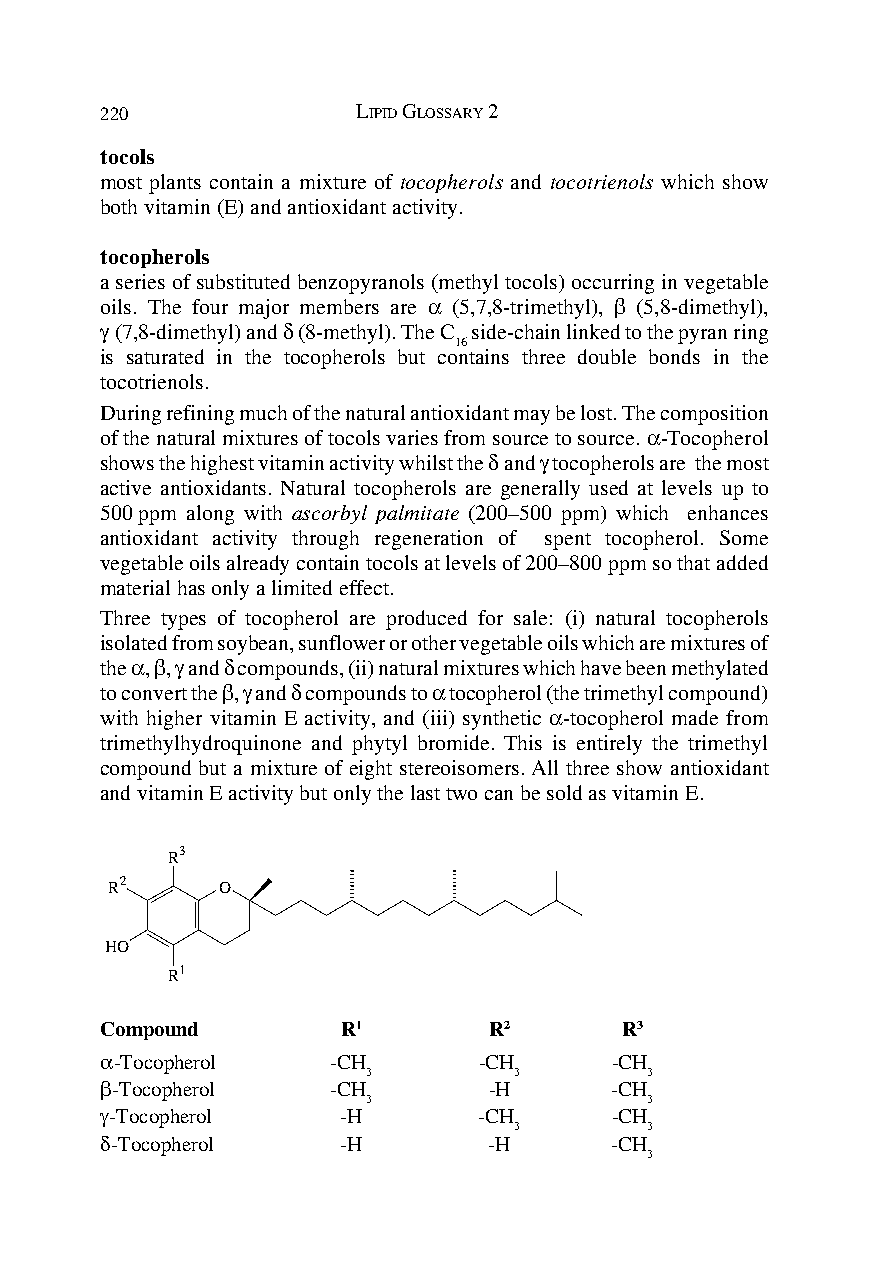
220              LIPID GLOSSARY 2
 tocols
 most plants contain a mixture of tocopherols and tocotrienols which show
 both vitamin (E) and antioxidant activity.
 tocopherols
 a series of substituted benzopyranols (methyl tocols) occurring in vegetable
 oils. The four major members are α (5,7,8-trimethyl), β (5,8-dimethyl),
 γ (7,8-dimethyl) and δ (8-methyl). The C side-chain linked to the pyran ring
 16
 is saturated in the tocopherols but contains three double bonds in the
 tocotrienols.
 During refining much of the natural antioxidant may be lost. The composition
 of the natural mixtures of tocols varies from source to source. α-Tocopherol
 shows the highest vitamin activity whilst the δ and γ tocopherols are the most
 active antioxidants. Natural tocopherols are generally used at levels up to
 500 ppm along with ascorbyl palmitate (200–500 ppm) which enhances
 antioxidant activity through regeneration of spent tocopherol. Some
 vegetable oils already contain tocols at levels of 200–800 ppm so that added
 material has only a limited effect.
 Three types of tocopherol are produced for sale: (i) natural tocopherols
 isolated from soybean, sunflower or other vegetable oils which are mixtures of
 the α, β, γ and δ compounds, (ii) natural mixtures which have been methylated
 to convert the β, γ and δ compounds to α tocopherol (the trimethyl compound)
 with higher vitamin E activity, and (iii) synthetic α-tocopherol made from
 trimethylhydroquinone and phytyl bromide. This is entirely the trimethyl
 compound but a mixture of eight stereoisomers. All three show antioxidant
 and vitamin E activity but only the last two can be sold as vitamin E.
 R3
 R2     O
 HO
 R1
 Compound        R1       R2       R3
 α-Tocopherol   -CH       -CH     -CH
 3         3        3
 β-Tocopherol   -CH       -H      -CH
 3                  3
 γ-Tocopherol    -H       -CH     -CH
 3        3
 δ-Tocopherol    -H       -H      -CH
 3